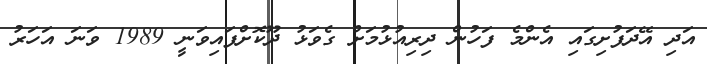
އަދި އޭދަފުށިގައި އެންމެ ފަހުން ދިރިއުޅުމަށް ގެވަޅު ދޫކޮށްފައިވަނީ 1989 ވަނަ އަހަރު